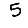
Digit: 5